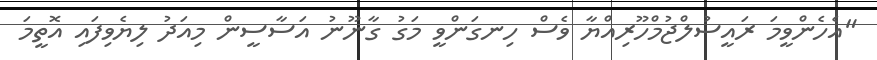
"އެހެންވީމަ ރައީސުލްޖުމްހޫރިއްޔާ ވެސް ހިނގަންވީ މަގު ގާނޫނު އަސާސީން މިއަދު ލިޔެވިފައި އޮތީމަ